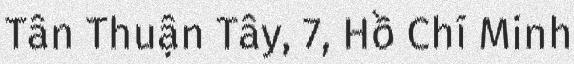
Tân Thuận Tây, 7, Hồ Chí Minh